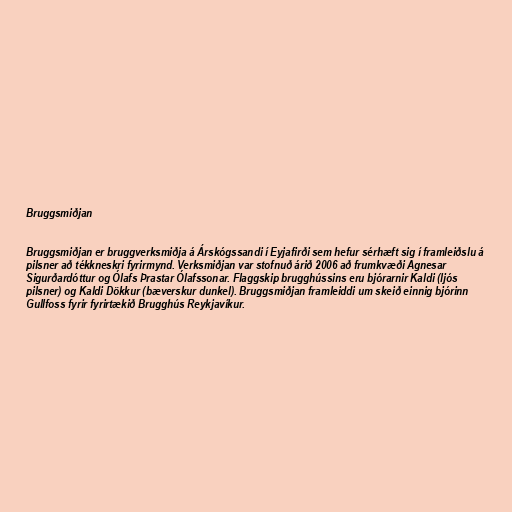
Bruggsmiðjan

Bruggsmiðjan er bruggverksmiðja á Árskógssandi í Eyjafirði sem hefur sérhæft sig í framleiðslu á
pilsner að tékkneskri fyrirmynd. Verksmiðjan var stofnuð árið 2006 að frumkvæði Agnesar
Sigurðardóttur og Ólafs Þrastar Ólafssonar. Flaggskip brugghússins eru bjórarnir Kaldi (ljós
pilsner) og Kaldi Dökkur (bæverskur dunkel). Bruggsmiðjan framleiddi um skeið einnig bjórinn
Gullfoss fyrir fyrirtækið Brugghús Reykjavíkur.